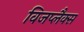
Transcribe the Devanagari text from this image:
विजप्लैक्स